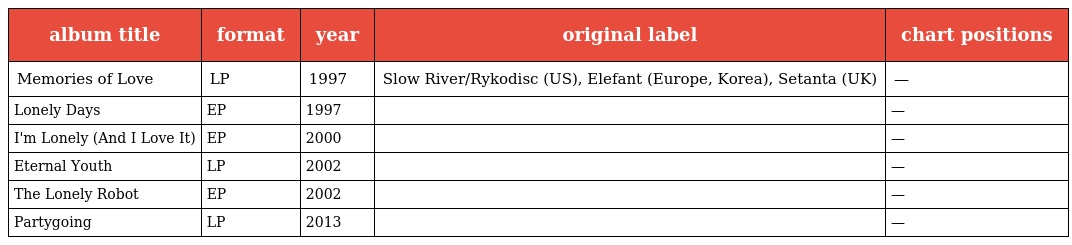
| album title | format | year | original label | chart positions |
 | --- | --- | --- | --- | --- |
 | Memories of Love | LP | 1997 | Slow River/Rykodisc (US), Elefant (Europe, Korea), Setanta (UK) | — |
 | Lonely Days | EP | 1997 |  | — |
 | I'm Lonely (And I Love It) | EP | 2000 |  | — |
 | Eternal Youth | LP | 2002 |  | — |
 | The Lonely Robot | EP | 2002 |  | — |
 | Partygoing | LP | 2013 |  | — |